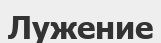
Лужение